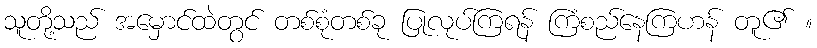
သူတို့သည် အမှောင်ထဲတွင် တစ်စုံတစ်ခု ပြုလုပ်ကြရန် ကြံစည်နေကြဟန် တူ၏ ။